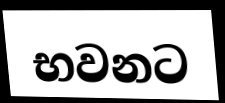
භවනට